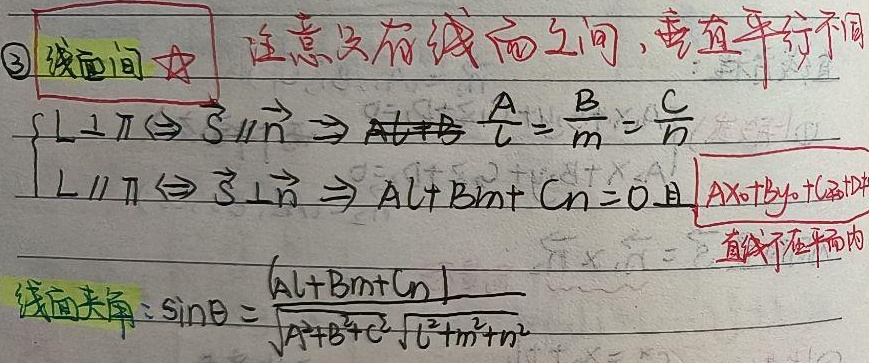
\textcircled{3} 线面间 ☆ 注意仅在线面之间，垂直平行不同
\[
\begin{cases}
L\perp\pi\Leftrightarrow\overrightarrow{S}\parallel\overrightarrow{n}\Rightarrow\frac{A}{l}=\frac{B}{m}=\frac{C}{n}\\
L\parallel\pi\Leftrightarrow\overrightarrow{S}\perp\overrightarrow{n}\Rightarrow Al + Bm + Cn = 0 \text{且直线不在平面内}
\end{cases}
\]
线面夹角：
\[
\sin\theta=\frac{|Al + Bm + Cn|}{\sqrt{A^{2}+B^{2}+C^{2}}\sqrt{l^{2}+m^{2}+n^{2}}}
\]